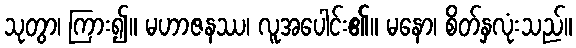
သုတွာ၊ ကြား၍။ မဟာဇနဿ၊ လူအပေါင်း၏။ မနော၊ စိတ်နှလုံးသည်။